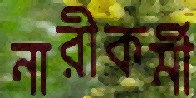
নারীকর্মী